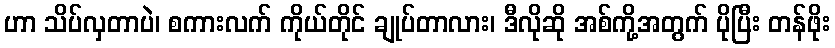
ဟာ သိပ်လှတာပဲ၊ စကားလက် ကိုယ်တိုင် ချုပ်တာလား၊ ဒီလိုဆို အစ်ကို့အတွက် ပိုပြီး တန်ဖိုး